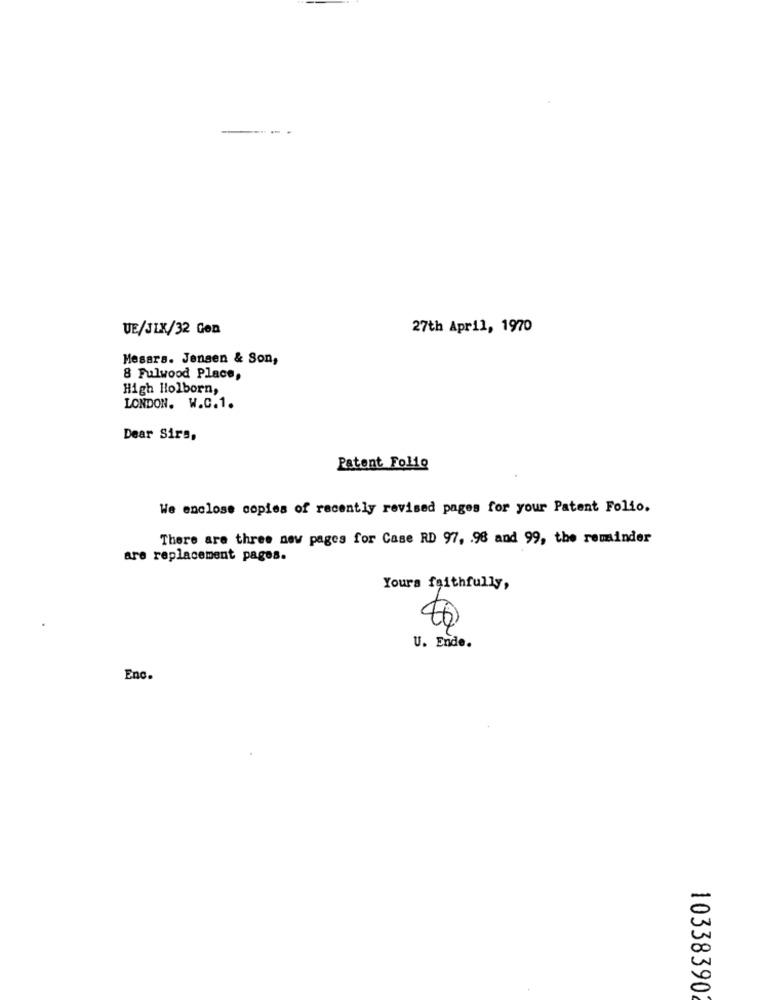
UE/JLX/32 Gen
27th April, 1970
Mesars. Jensen & Son,
8 Fulwood Place,
High Holborn,
LONDON. W.C.1.
Dear Sirs,
Patent Folio
We enclose copies of recently revised pages for your Patent Folio.
There are three new pages for Case RD 97, 98 and 99, the reminder
are replacement pages.
Yours faithfully,
U. Ende.
Enc.
103383902